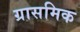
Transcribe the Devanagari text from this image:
ग्रासमिक